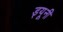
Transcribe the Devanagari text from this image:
ड्यूनी